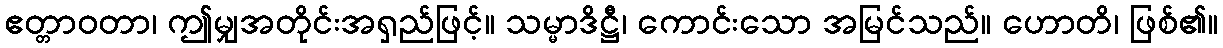
ဧတ္တာဝတာ၊ ဤမျှအတိုင်းအရှည်ဖြင့်။ သမ္မာဒိဋ္ဌီ၊ ကောင်းသော အမြင်သည်။ ဟောတိ၊ ဖြစ်၏။